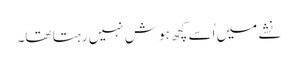
نشے میں اُسے کچھ ہوش نہیں رہتا تھا۔